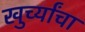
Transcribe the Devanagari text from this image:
खुर्च्यांचा